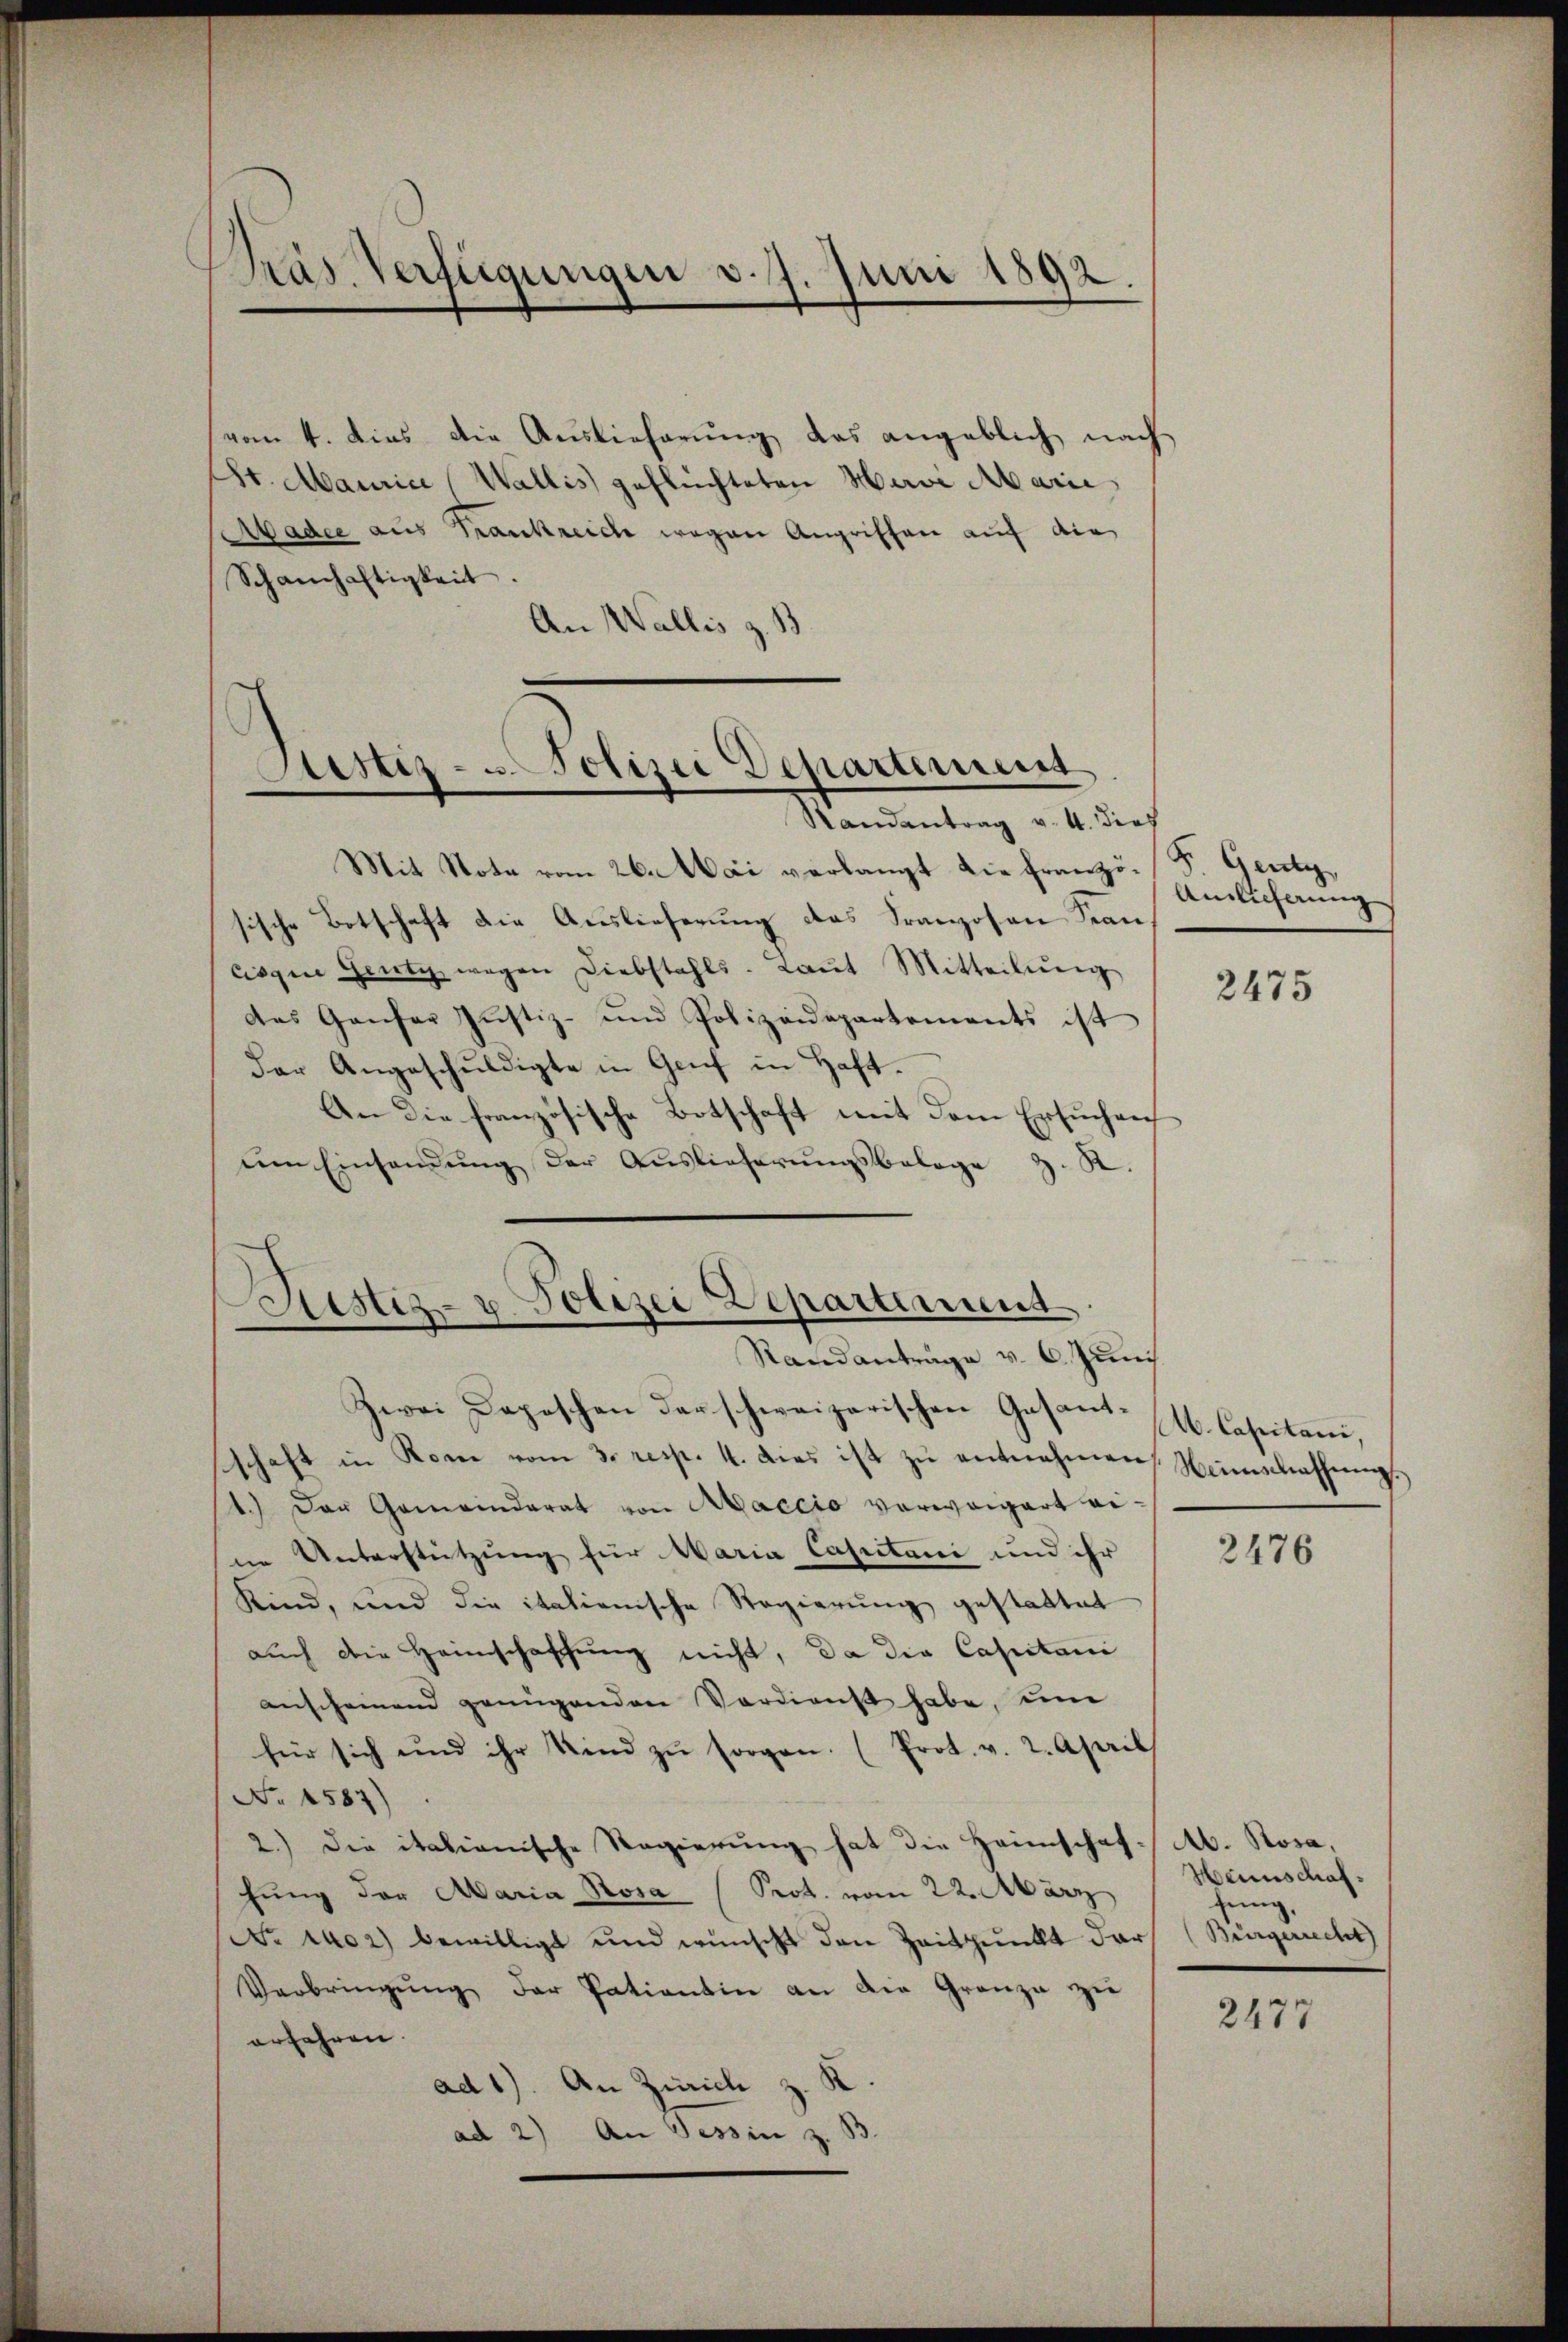
Präs. Verfügungen d. 7. Juni 1892.

vom 4. dies die Auslieferung das angeblich nach
Pr. Maurice, Wallis geflüchteten Mavi Marie
Aadee aus Frankreich wegen Angriffen auf die
Schanhaftigkeit.
An Wallis z. B

Justiz- u. Polizei Departement

Ristiz- u. Polizei Departement

Randantrag v. 4. dies
Mit Note vom 26. Mai verlangt die Französ. Genty,
sische Botschaft die Auslieferung des Franzosen Kancisqui entz wegen Diebstahls-Laŭt Mitteilŭng
das Ganfer Justiz- und Polizeidepartements ist
der Angeschŭldigte in Genf in Haft.
An die französische Botschaft mit dem Ersuchen
im Einsamung der Auslieferŭngsbelage z. R.
Zwei Depeschen der schweizerischen Gesant. (H. Capitani,
schaft in Rom vom 3. resp. 4. dies ist zŭ entnehmen Neinschaffung,
1.) Der Gemeinderat von Maccio verweigert eihne Unterstützung für Maria Castani und ihr
Kind, und die italienische Regierung gestattet
auch die Heimschaffung nicht, da die Capitani
anscheinend genügenden Verdienst habe, ŭm
für sich und ihr Kind zŭ sorgen. (Prot. v. 2. April
No 1587)
2.) Die italianische Regierung hat die Heimschaf - Ab. Rosa,
chung der Maria Rosa (Prot. vom 22. März
No 142) bewilligt und wünscht den Zeitpunkt dar
Verbringŭng der Patientin an die Granza zie
erfahren.
ad1). An Zürich z. K
ad 2) An Tessin z.

Ainlicherung

2475

2476

Haunschaffung,
Bürgerrecht

2477